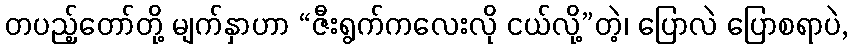
တပည့်တော်တို့ မျက်နှာဟာ “ဇီးရွက်ကလေးလို ငယ်လို့”တဲ့၊ ပြောလဲ ပြောစရာပဲ,